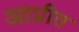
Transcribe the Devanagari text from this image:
आप्रीत